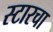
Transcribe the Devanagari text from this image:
स्टारचा